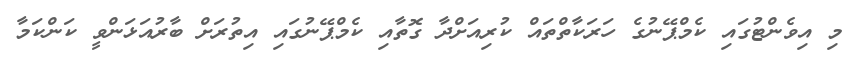
މި އިވެންޓުގައި ކެމްޕޭނުގެ ހަރަކާތްތައް ކުރިއަށްދާ ގޮތާއި ކެމްޕޭނުގައި އިތުރަށް ބާރުއަޅަންވީ ކަންކަމާ